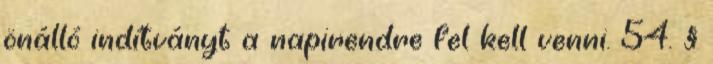
önálló indítványt a napirendre fel kell venni. 54. §